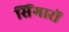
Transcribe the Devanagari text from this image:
सिंगारों